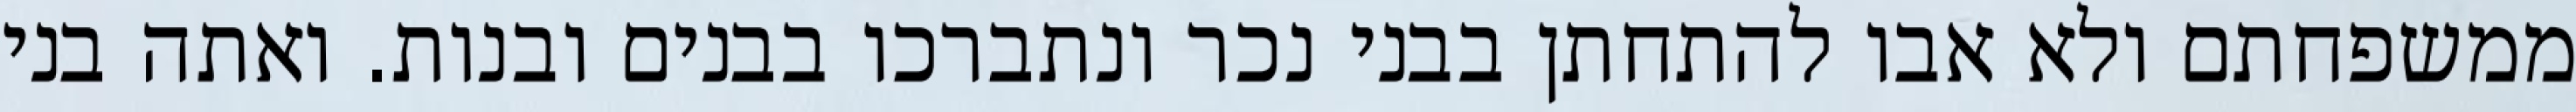
ממשפחתם ולא אבו להתחתן בבני נכר ונתברכו בבנים ובנות. ואתה בני